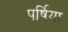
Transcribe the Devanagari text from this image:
पर्षिया